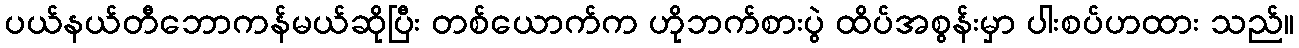
ပယ်နယ်တီဘောကန်မယ်ဆိုပြီး တစ်ယောက်က ဟိုဘက်စားပွဲ ထိပ်အစွန်းမှာ ပါးစပ်ဟထား သည်။